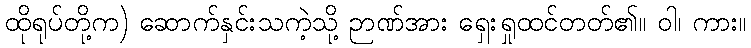
ထိုရုပ်တို့က) ဆောက်နှင်းသကဲ့သို့ ဉာဏ်အား ရှေးရှုထင်တတ်၏။ ဝါ၊ ကား။